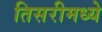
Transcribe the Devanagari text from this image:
तिसरीमध्ये